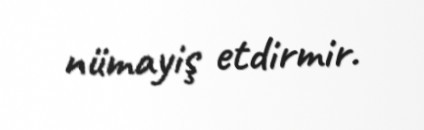
nümayiş etdirmir.